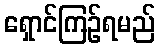
ရှောင်ကြဉ်ရမည်